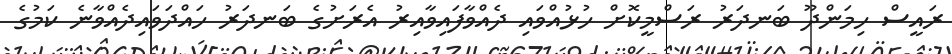
ރައީސް ހިމަންދޫ ބަނދަރު ރަސްމީކޮށް ހުޅުއްވައި ދެއްވާފައިވާއިރު އެރަށުގެ ބަނދަރު ހައްދަވައިދެއްވާނެ ކަމުގެ